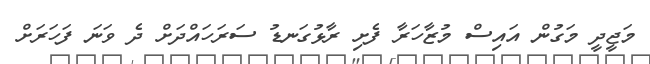
މަޖީދީ މަގުން އައިސް މުޒާހަރާ ފެށި ރާޅުގަނޑު ސަރަހައްދަށް ދެ ވަނަ ފަހަރަށް